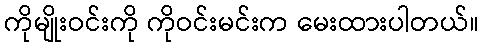
ကိုမျိုးဝင်းကို ကိုဝင်းမင်းက မေးထားပါတယ်။